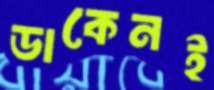
ডাকেনই